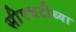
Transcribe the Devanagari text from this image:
सीएचटीच्या